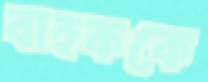
বাহককে